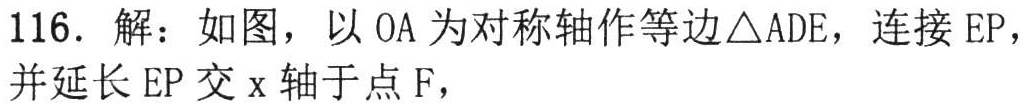
116. 解：如图，以 \(OA\) 为对称轴作等边\(\triangle ADE\)，连接 \(EP\)，并延长 \(EP\) 交 \(x\) 轴于点 \(F\)，